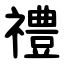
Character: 禮